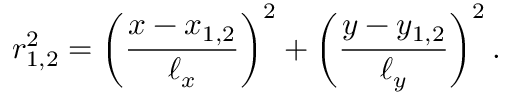
r _ { 1 , 2 } ^ { 2 } = \left( \frac { x - x _ { 1 , 2 } } { \ell _ { x } } \right) ^ { 2 } + \left( \frac { y - y _ { 1 , 2 } } { \ell _ { y } } \right) ^ { 2 } .